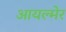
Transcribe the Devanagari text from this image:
आयल्मेर